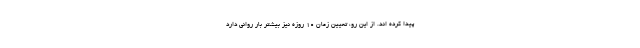
پیدا کرده اند. از این رو، تعیین زمان 10 روزه نیز بیشتر بار روانی دارد